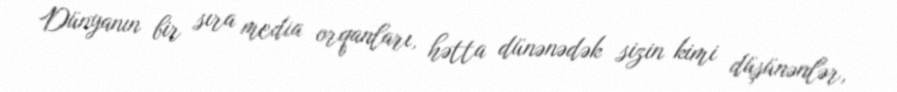
Dünyanın bir sıra media orqanları, hətta dünənədək sizin kimi düşünənlər,